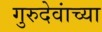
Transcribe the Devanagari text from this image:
गुरुदेवांच्या